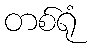
တစ်ရုံ